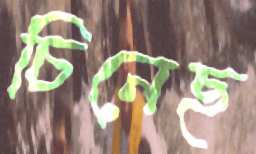
চিনেছ